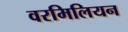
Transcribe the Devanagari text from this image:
वरमिलियन